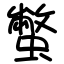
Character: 蟞